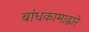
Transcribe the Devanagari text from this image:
बांधकामाद्वारे